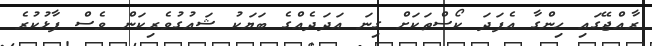
ރާއްޖޭގައި ހިންގާ އެފަދަ ކޯސްތަކަށް ގިނަ އަދަދެއްގެ ބަޔަކު ޝައުގުވެރިކަން ވެސް ފާޅުކުރެ